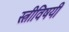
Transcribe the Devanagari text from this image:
स्त्रीविषयी